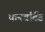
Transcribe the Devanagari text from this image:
कनवर्टिड